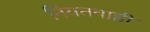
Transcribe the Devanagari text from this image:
नियतवाही